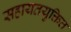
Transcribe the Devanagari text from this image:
सहायतयुक्तित